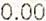
0.00